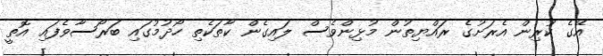
އޭގެ ކުރިން އެރަށުގެ ރައްޔިތުން މުޅިންވެސް ލައިގެން ކާތަކެތި ހޯދުމުގައި ބަރޯސާވެފައި އޮތީ